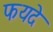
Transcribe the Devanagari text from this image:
फयदे